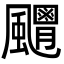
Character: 𩙊